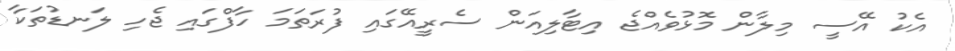
އެކު އޭސީ މިލާން މޮޅުވެއްޖެ އިޓާލިއަން ސެރީއޭގައި ފުރަތަމަ ހާފްގައި ޖެހި ލަނޑުތަކާ